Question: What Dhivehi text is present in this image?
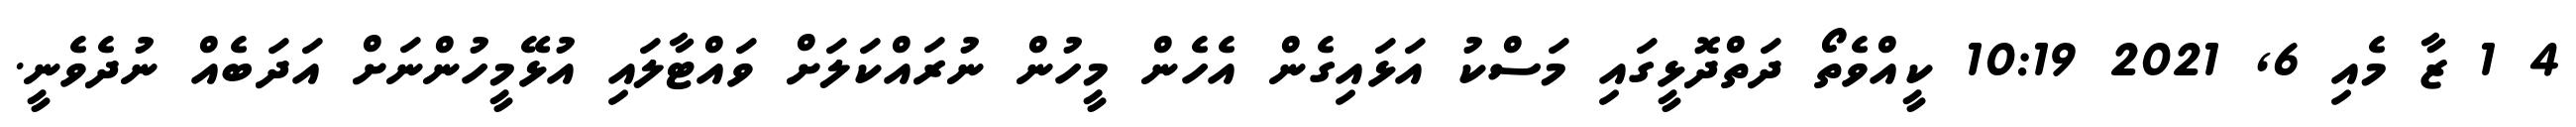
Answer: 4 1 ޒާ މެއި 6, 2021 10:19 ކީއްވެތޯ ދަތްދޮޅީގައި މަސްކު އަޅައިގެން އެހެން މީހުން ނުރައްކަލަށް ވައްޓާލައި އުޅޭމީހުންނަށް އަދަބެއް ނުދެވެނީ.